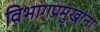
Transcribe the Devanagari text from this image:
विभागप्रमुखांना